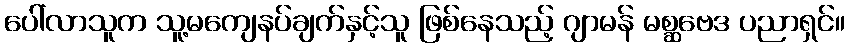
ပေါ်လာသူက သူ့မကျေနပ်ချက်နှင့်သူ ဖြစ်နေသည့် ဂျာမန် မစ္ဆဗေဒ ပညာရှင်။